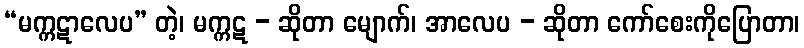
“မက္ကဋာလေပ” တဲ့၊ မက္ကဋ - ဆိုတာ မျောက်၊ အာလေပ - ဆိုတာ ကော်စေးကိုပြောတာ၊